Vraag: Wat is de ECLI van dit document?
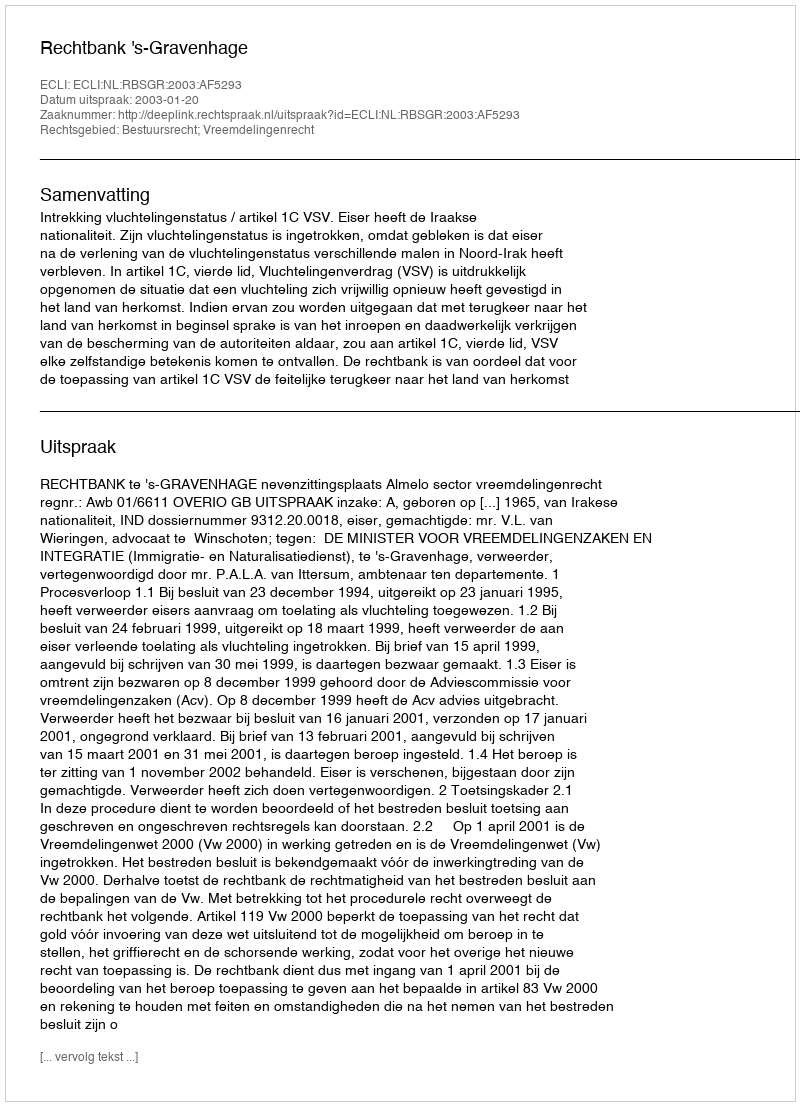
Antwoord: ECLI:NL:RBSGR:2003:AF5293